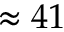
\approx 4 1